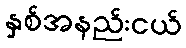
နှစ်အနည်းငယ်